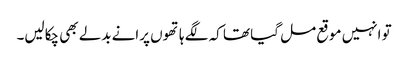
تو انہیں موقع مل گیا تھا کہ لگے ہاتھوں پرانے بدلے بھی چکالیں۔